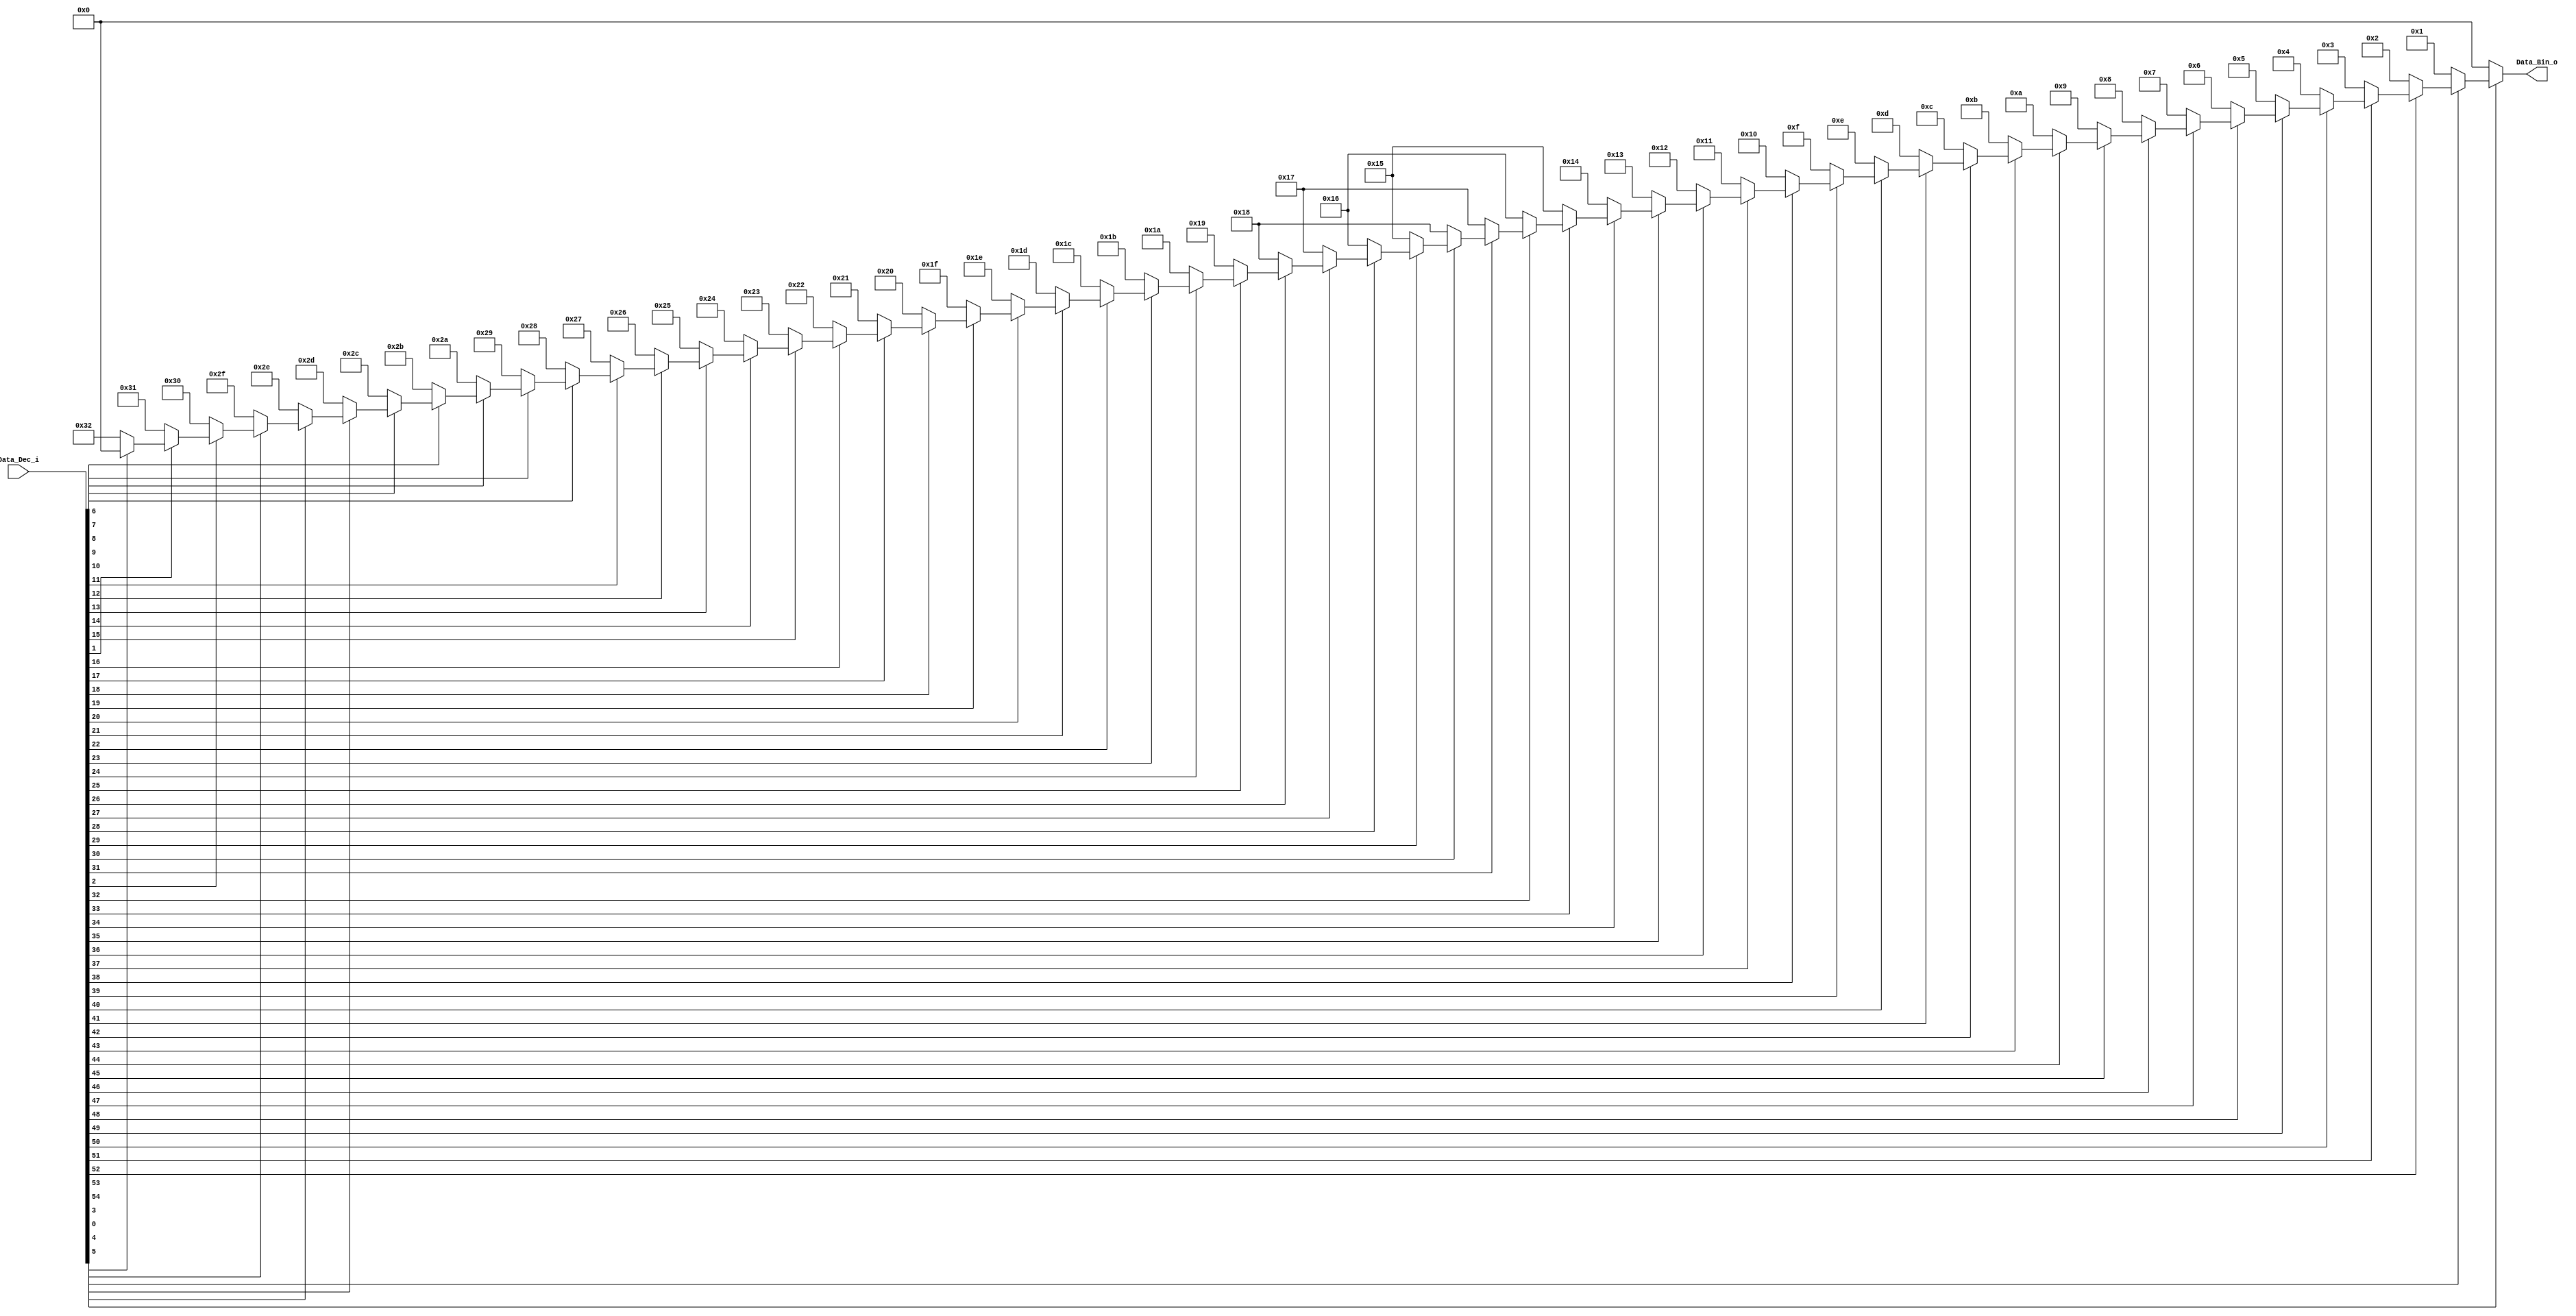
module Priority_Codec_64_1(
    input wire [54:0]  Data_Dec_i,
    output reg [5:0] Data_Bin_o
    );
parameter SWR = 55;
always @(Data_Dec_i)
	begin
	Data_Bin_o=6'b000000;
		if(~Data_Dec_i[54]) begin Data_Bin_o = 6'b000000;
		end else if(~Data_Dec_i[53]) begin Data_Bin_o = 6'b000001;
		end else if(~Data_Dec_i[52]) begin Data_Bin_o = 6'b000010;
		end else if(~Data_Dec_i[51]) begin Data_Bin_o = 6'b000011;
		end else if(~Data_Dec_i[50]) begin Data_Bin_o = 6'b000100;
		end else if(~Data_Dec_i[49]) begin Data_Bin_o = 6'b000101;
		end else if(~Data_Dec_i[48]) begin Data_Bin_o = 6'b000110;
		end else if(~Data_Dec_i[47]) begin Data_Bin_o = 6'b000111;
		end else if(~Data_Dec_i[46]) begin Data_Bin_o = 6'b001000;
		end else if(~Data_Dec_i[45]) begin Data_Bin_o = 6'b001001;
		end else if(~Data_Dec_i[44]) begin Data_Bin_o = 6'b001010;
		end else if(~Data_Dec_i[43]) begin Data_Bin_o = 6'b001011;
		end else if(~Data_Dec_i[42]) begin Data_Bin_o = 6'b001100;
		end else if(~Data_Dec_i[41]) begin Data_Bin_o = 6'b001101;
		end else if(~Data_Dec_i[40]) begin Data_Bin_o = 6'b001110;
		end else if(~Data_Dec_i[39]) begin Data_Bin_o = 6'b001111;
		end else if(~Data_Dec_i[38]) begin Data_Bin_o = 6'b010000;
		end else if(~Data_Dec_i[37]) begin Data_Bin_o = 6'b010001;
		end else if(~Data_Dec_i[36]) begin Data_Bin_o = 6'b010010;
		end else if(~Data_Dec_i[35]) begin Data_Bin_o = 6'b010011;
		end else if(~Data_Dec_i[34]) begin Data_Bin_o = 6'b010100;
		end else if(~Data_Dec_i[33]) begin Data_Bin_o = 6'b010101;
		end else if(~Data_Dec_i[32]) begin Data_Bin_o = 6'b010110;
		end else if(~Data_Dec_i[31]) begin Data_Bin_o = 6'b010111;
		end else if(~Data_Dec_i[30]) begin Data_Bin_o = 6'b011000;
		end else if(~Data_Dec_i[29]) begin Data_Bin_o = 6'b010101;
		end else if(~Data_Dec_i[28]) begin Data_Bin_o = 6'b010110;
		end else if(~Data_Dec_i[27]) begin Data_Bin_o = 6'b010111;
		end else if(~Data_Dec_i[26]) begin Data_Bin_o = 6'b011000;
		end else if(~Data_Dec_i[25]) begin Data_Bin_o = 6'b011001;
		end else if(~Data_Dec_i[24]) begin Data_Bin_o = 6'b011010;
		end else if(~Data_Dec_i[23]) begin Data_Bin_o = 6'b011011;
		end else if(~Data_Dec_i[22]) begin Data_Bin_o = 6'b011100;
		end else if(~Data_Dec_i[21]) begin Data_Bin_o = 6'b011101;
		end else if(~Data_Dec_i[20]) begin Data_Bin_o = 6'b011110;
		end else if(~Data_Dec_i[19]) begin Data_Bin_o = 6'b011111;
		end else if(~Data_Dec_i[18]) begin Data_Bin_o = 6'b100000;
		end else if(~Data_Dec_i[17]) begin Data_Bin_o = 6'b100001;
		end else if(~Data_Dec_i[16]) begin Data_Bin_o = 6'b100010;
		end else if(~Data_Dec_i[15]) begin Data_Bin_o = 6'b100011;
		end else if(~Data_Dec_i[14]) begin Data_Bin_o = 6'b100100;
		end else if(~Data_Dec_i[13]) begin Data_Bin_o = 6'b100101;
		end else if(~Data_Dec_i[12]) begin Data_Bin_o = 6'b100110;
		end else if(~Data_Dec_i[11]) begin Data_Bin_o = 6'b100111;
		end else if(~Data_Dec_i[10]) begin Data_Bin_o = 6'b101000;
		end else if(~Data_Dec_i[9]) begin Data_Bin_o = 6'b101001;
		end else if(~Data_Dec_i[8]) begin Data_Bin_o = 6'b101010;
		end else if(~Data_Dec_i[7]) begin Data_Bin_o = 6'b101011;
		end else if(~Data_Dec_i[6]) begin Data_Bin_o = 6'b101100;
		end else if(~Data_Dec_i[5]) begin Data_Bin_o = 6'b101101;
		end else if(~Data_Dec_i[4]) begin Data_Bin_o = 6'b101110;
		end else if(~Data_Dec_i[3]) begin Data_Bin_o = 6'b101111;
		end else if(~Data_Dec_i[2]) begin Data_Bin_o = 6'b110000;
		end else if(~Data_Dec_i[1]) begin Data_Bin_o = 6'b110001;
		end else if(~Data_Dec_i[0]) begin Data_Bin_o = 6'b110010;
		end else begin Data_Bin_o = 6'b000000;
		end
	end
endmodule